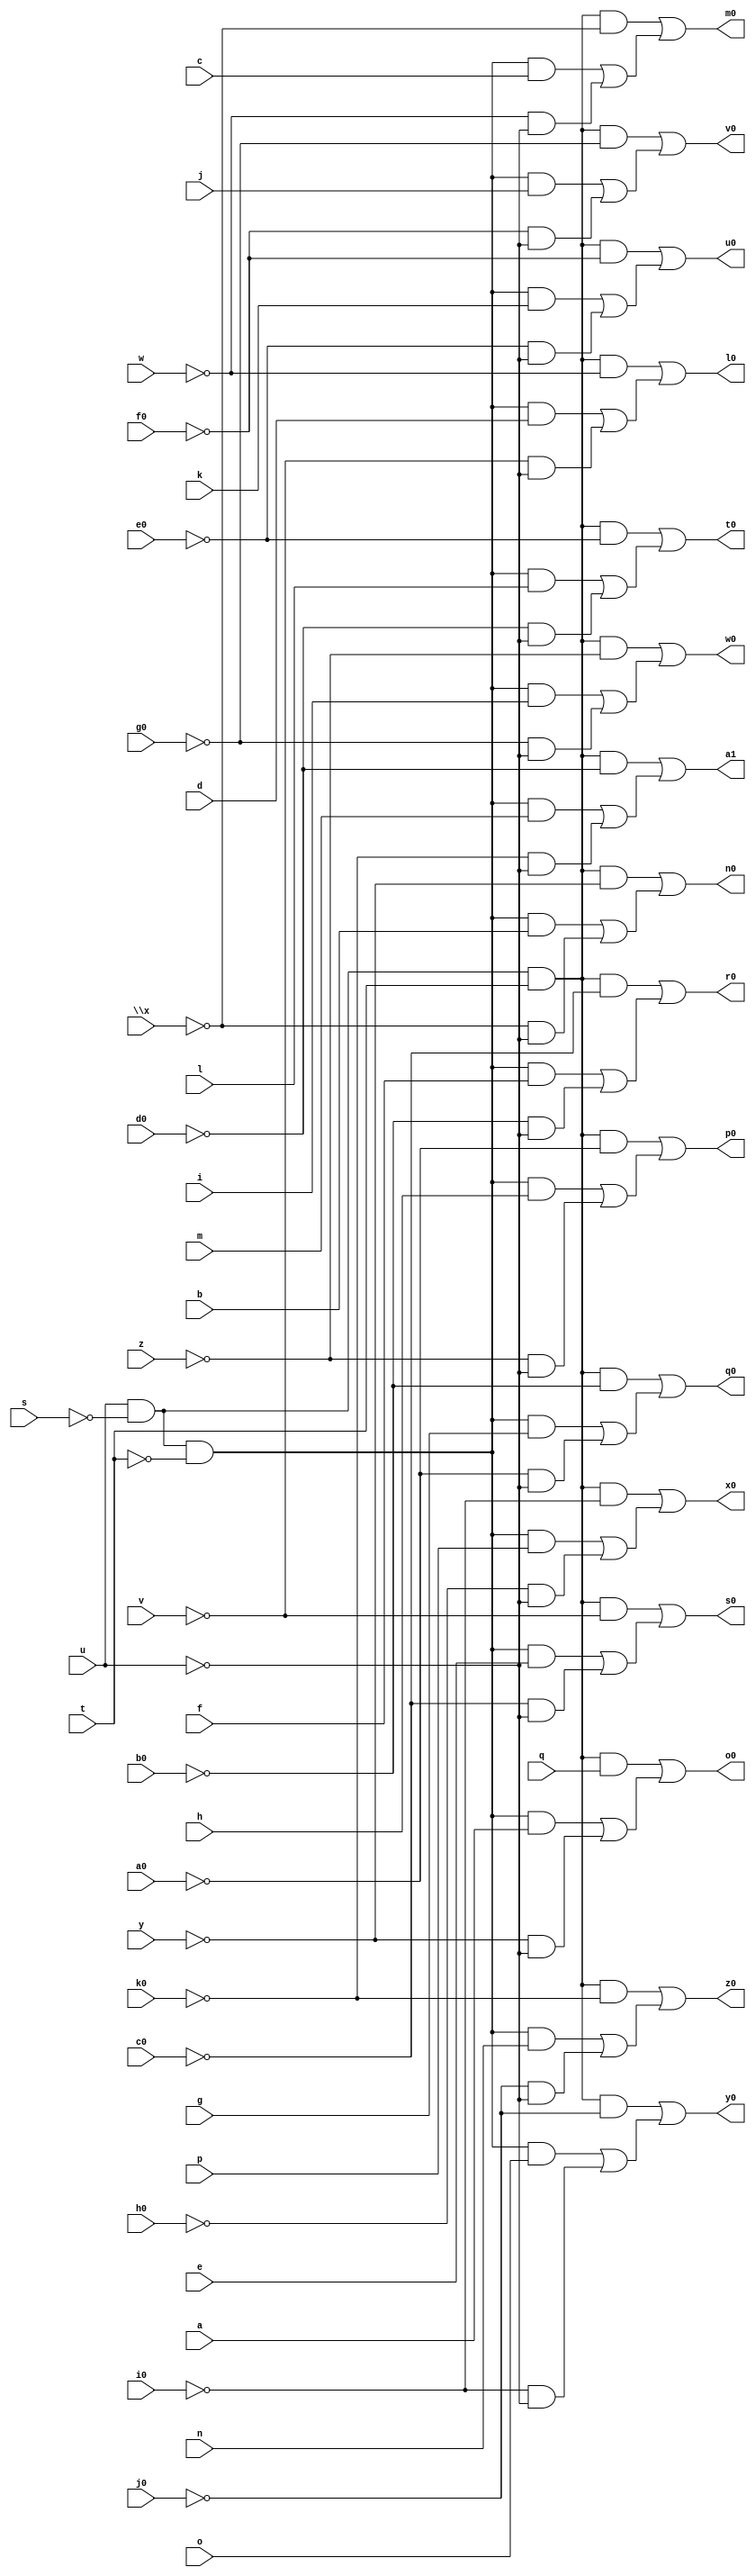
// IWLS benchmark module "unreg" printed on Wed May 29 16:25:18 2002
module unreg(a, b, c, d, e, f, g, h, i, j, k, l, m, n, o, p, q, s, t, u, v, w, \x , y, z, a0, b0, c0, d0, e0, f0, g0, h0, i0, j0, k0, l0, m0, n0, o0, p0, q0, r0, s0, t0, u0, v0, w0, x0, y0, z0, a1);
input
  k0,
  a,
  b,
  c,
  d,
  e,
  f,
  g,
  h,
  i,
  j,
  k,
  l,
  m,
  n,
  o,
  p,
  q,
  s,
  t,
  u,
  v,
  w,
  \x ,
  y,
  z,
  a0,
  b0,
  c0,
  d0,
  e0,
  f0,
  g0,
  h0,
  i0,
  j0;
output
  l0,
  m0,
  n0,
  o0,
  p0,
  q0,
  r0,
  s0,
  a1,
  t0,
  u0,
  v0,
  w0,
  x0,
  y0,
  z0;
wire
  \[13] ,
  \[14] ,
  \[15] ,
  \[16] ,
  \[17] ,
  \[18] ,
  \[0] ,
  \[1] ,
  \[2] ,
  \[3] ,
  \[4] ,
  \[5] ,
  \[6] ,
  \[7] ,
  \[8] ,
  \[10] ,
  \[9] ,
  \[11] ,
  \[12] ;
assign
  \[13]  = (\[18]  & ~j0) | ((\[17]  & o) | (~i0 & ~u)),
  l0 = \[0] ,
  \[14]  = (\[18]  & ~k0) | ((\[17]  & n) | (~j0 & ~u)),
  m0 = \[1] ,
  \[15]  = (\[18]  & ~d0) | ((\[17]  & m) | (~k0 & ~u)),
  n0 = \[2] ,
  \[16]  = u & ~s,
  o0 = \[3] ,
  \[17]  = \[16]  & ~t,
  p0 = \[4] ,
  \[18]  = \[16]  & t,
  q0 = \[5] ,
  r0 = \[6] ,
  s0 = \[7] ,
  \[0]  = (\[18]  & ~w) | ((\[17]  & d) | (~v & ~u)),
  a1 = \[15] ,
  t0 = \[8] ,
  \[1]  = (\[18]  & ~\x ) | ((\[17]  & c) | (~w & ~u)),
  u0 = \[9] ,
  \[2]  = (\[18]  & ~y) | ((\[17]  & b) | (~\x  & ~u)),
  v0 = \[10] ,
  \[3]  = (\[18]  & q) | ((\[17]  & a) | (~y & ~u)),
  w0 = \[11] ,
  \[4]  = (\[18]  & ~a0) | ((\[17]  & h) | (~z & ~u)),
  x0 = \[12] ,
  \[5]  = (\[18]  & ~b0) | ((\[17]  & g) | (~a0 & ~u)),
  y0 = \[13] ,
  \[6]  = (\[18]  & ~c0) | ((\[17]  & f) | (~b0 & ~u)),
  z0 = \[14] ,
  \[7]  = (\[18]  & ~v) | ((\[17]  & e) | (~c0 & ~u)),
  \[8]  = (\[18]  & ~e0) | ((\[17]  & l) | (~d0 & ~u)),
  \[10]  = (\[18]  & ~g0) | ((\[17]  & j) | (~f0 & ~u)),
  \[9]  = (\[18]  & ~f0) | ((\[17]  & k) | (~e0 & ~u)),
  \[11]  = (\[18]  & ~z) | ((\[17]  & i) | (~g0 & ~u)),
  \[12]  = (\[18]  & ~i0) | ((\[17]  & p) | (~h0 & ~u));
endmodule